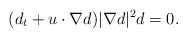
\begin{align*}(d_t+u\cdot \nabla d)|\nabla d|^2 d=0.\end{align*}